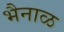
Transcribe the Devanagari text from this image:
भैनाळ